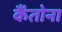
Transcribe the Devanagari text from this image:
कैंतोना